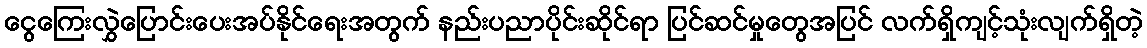
ငွေကြေးလွှဲပြောင်းပေးအပ်နိုင်ရေးအတွက် နည်းပညာပိုင်းဆိုင်ရာ ပြင်ဆင်မှုတွေအပြင် လက်ရှိကျင့်သုံးလျက်ရှိတဲ့